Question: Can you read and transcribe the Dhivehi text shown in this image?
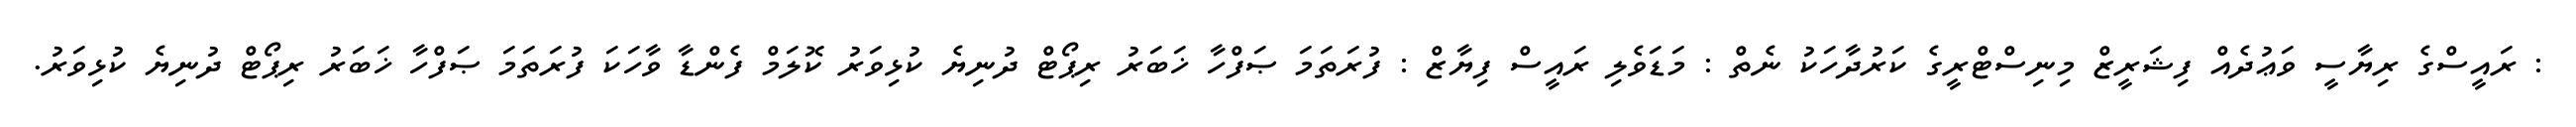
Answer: : ރައީސްގެ ރިޔާސީ ވަޢުދެއް ފިޝަރީޒް މިނިސްޓްރީގެ ކަރުދާހަކު ނެތް : މަޑަވެލި ރައީސް ފިޔާޒް : ފުރަތަމަ ޞަފްހާ ޚަބަރު ރިޕޯޓް ދުނިޔެ ކުޅިވަރު ކޮލަމް ފެންޑާ ވާހަކަ ފުރަތަމަ ޞަފްހާ ޚަބަރު ރިޕޯޓް ދުނިޔެ ކުޅިވަރު.